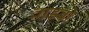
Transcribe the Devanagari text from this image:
वाडवो